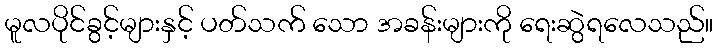
မူလပိုင်ခွင့်များနှင့် ပတ်သက် သော အခန်းများကို ရေးဆွဲရလေသည်။